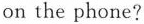
on the phone?